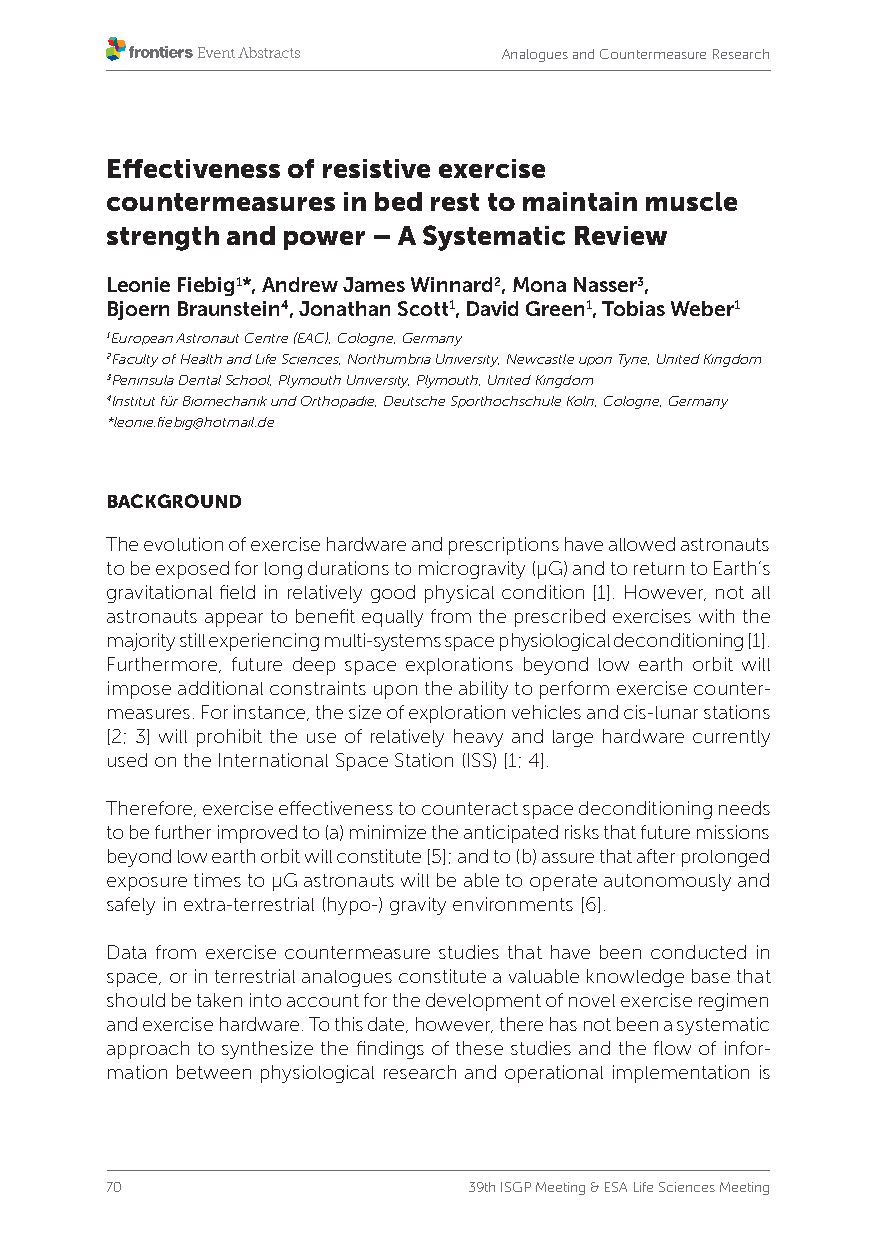
Analogues and Countermeasure Research
 Effectiveness of resistive exercise
 countermeasures in bed rest to maintain muscle
 strength and power – A Systematic Review
 Leonie Fiebig1*, Andrew James Winnard2, Mona Nasser3,
 Bjoern Braunstein4, Jonathan Scott1, David Green1, Tobias Weber1
 1European Astronaut Centre (EAC), Cologne, Germany
 2Faculty of Health and Life Sciences, Northumbria University, Newcastle upon Tyne, United Kingdom
 3Peninsula Dental School, Plymouth University, Plymouth, United Kingdom
 4Institut für Biomechanik und Orthopädie, Deutsche Sporthochschule Köln, Cologne, Germany
 *leonie.fiebig@hotmail.de
 BACKGROUND
 The evolution of exercise hardware and prescriptions have allowed astronauts
 to be exposed for long durations to microgravity (µG) and to return to Earth’s
 gravitational field in relatively good physical condition [1]. However, not all
 astronauts appear to benefit equally from the prescribed exercises with the
 majority still experiencing multi-systems space physiological deconditioning [1].
 Furthermore, future deep space explorations beyond low earth orbit will
 impose additional constraints upon the ability to perform exercise counter-
 measures. For instance, the size of exploration vehicles and cis-lunar stations
 [2; 3] will prohibit the use of relatively heavy and large hardware currently
 used on the International Space Station (ISS) [1; 4].
 Therefore, exercise effectiveness to counteract space deconditioning needs
 to be further improved to (a) minimize the anticipated risks that future missions
 beyond low earth orbit will constitute [5]; and to (b) assure that after prolonged
 exposure times to µG astronauts will be able to operate autonomously and
 safely in extra-terrestrial (hypo-) gravity environments [6].
 Data from exercise countermeasure studies that have been conducted in
 space, or in terrestrial analogues constitute a valuable knowledge base that
 should be taken into account for the development of novel exercise regimen
 and exercise hardware. To this date, however, there has not been a systematic
 approach to synthesize the findings of these studies and the flow of infor-
 mation between physiological research and operational implementation is
 70                      39th ISGP Meeting & ESA Life Sciences Meeting